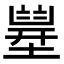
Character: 𡐪